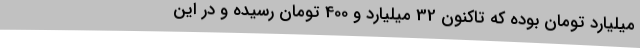
میلیارد تومان بوده که تاکنون 32 میلیارد و 400 تومان رسیده و در این